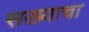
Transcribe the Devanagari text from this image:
सख्याचा